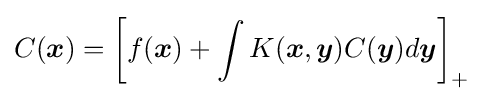
C({\boldsymbol {x}})=\left[f({\boldsymbol {x}})+\int K({\boldsymbol {x}},{\boldsymbol {y}})C({\boldsymbol {y}})d{\boldsymbol {y}}\right]_{+}